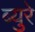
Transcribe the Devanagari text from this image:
ब्युरे